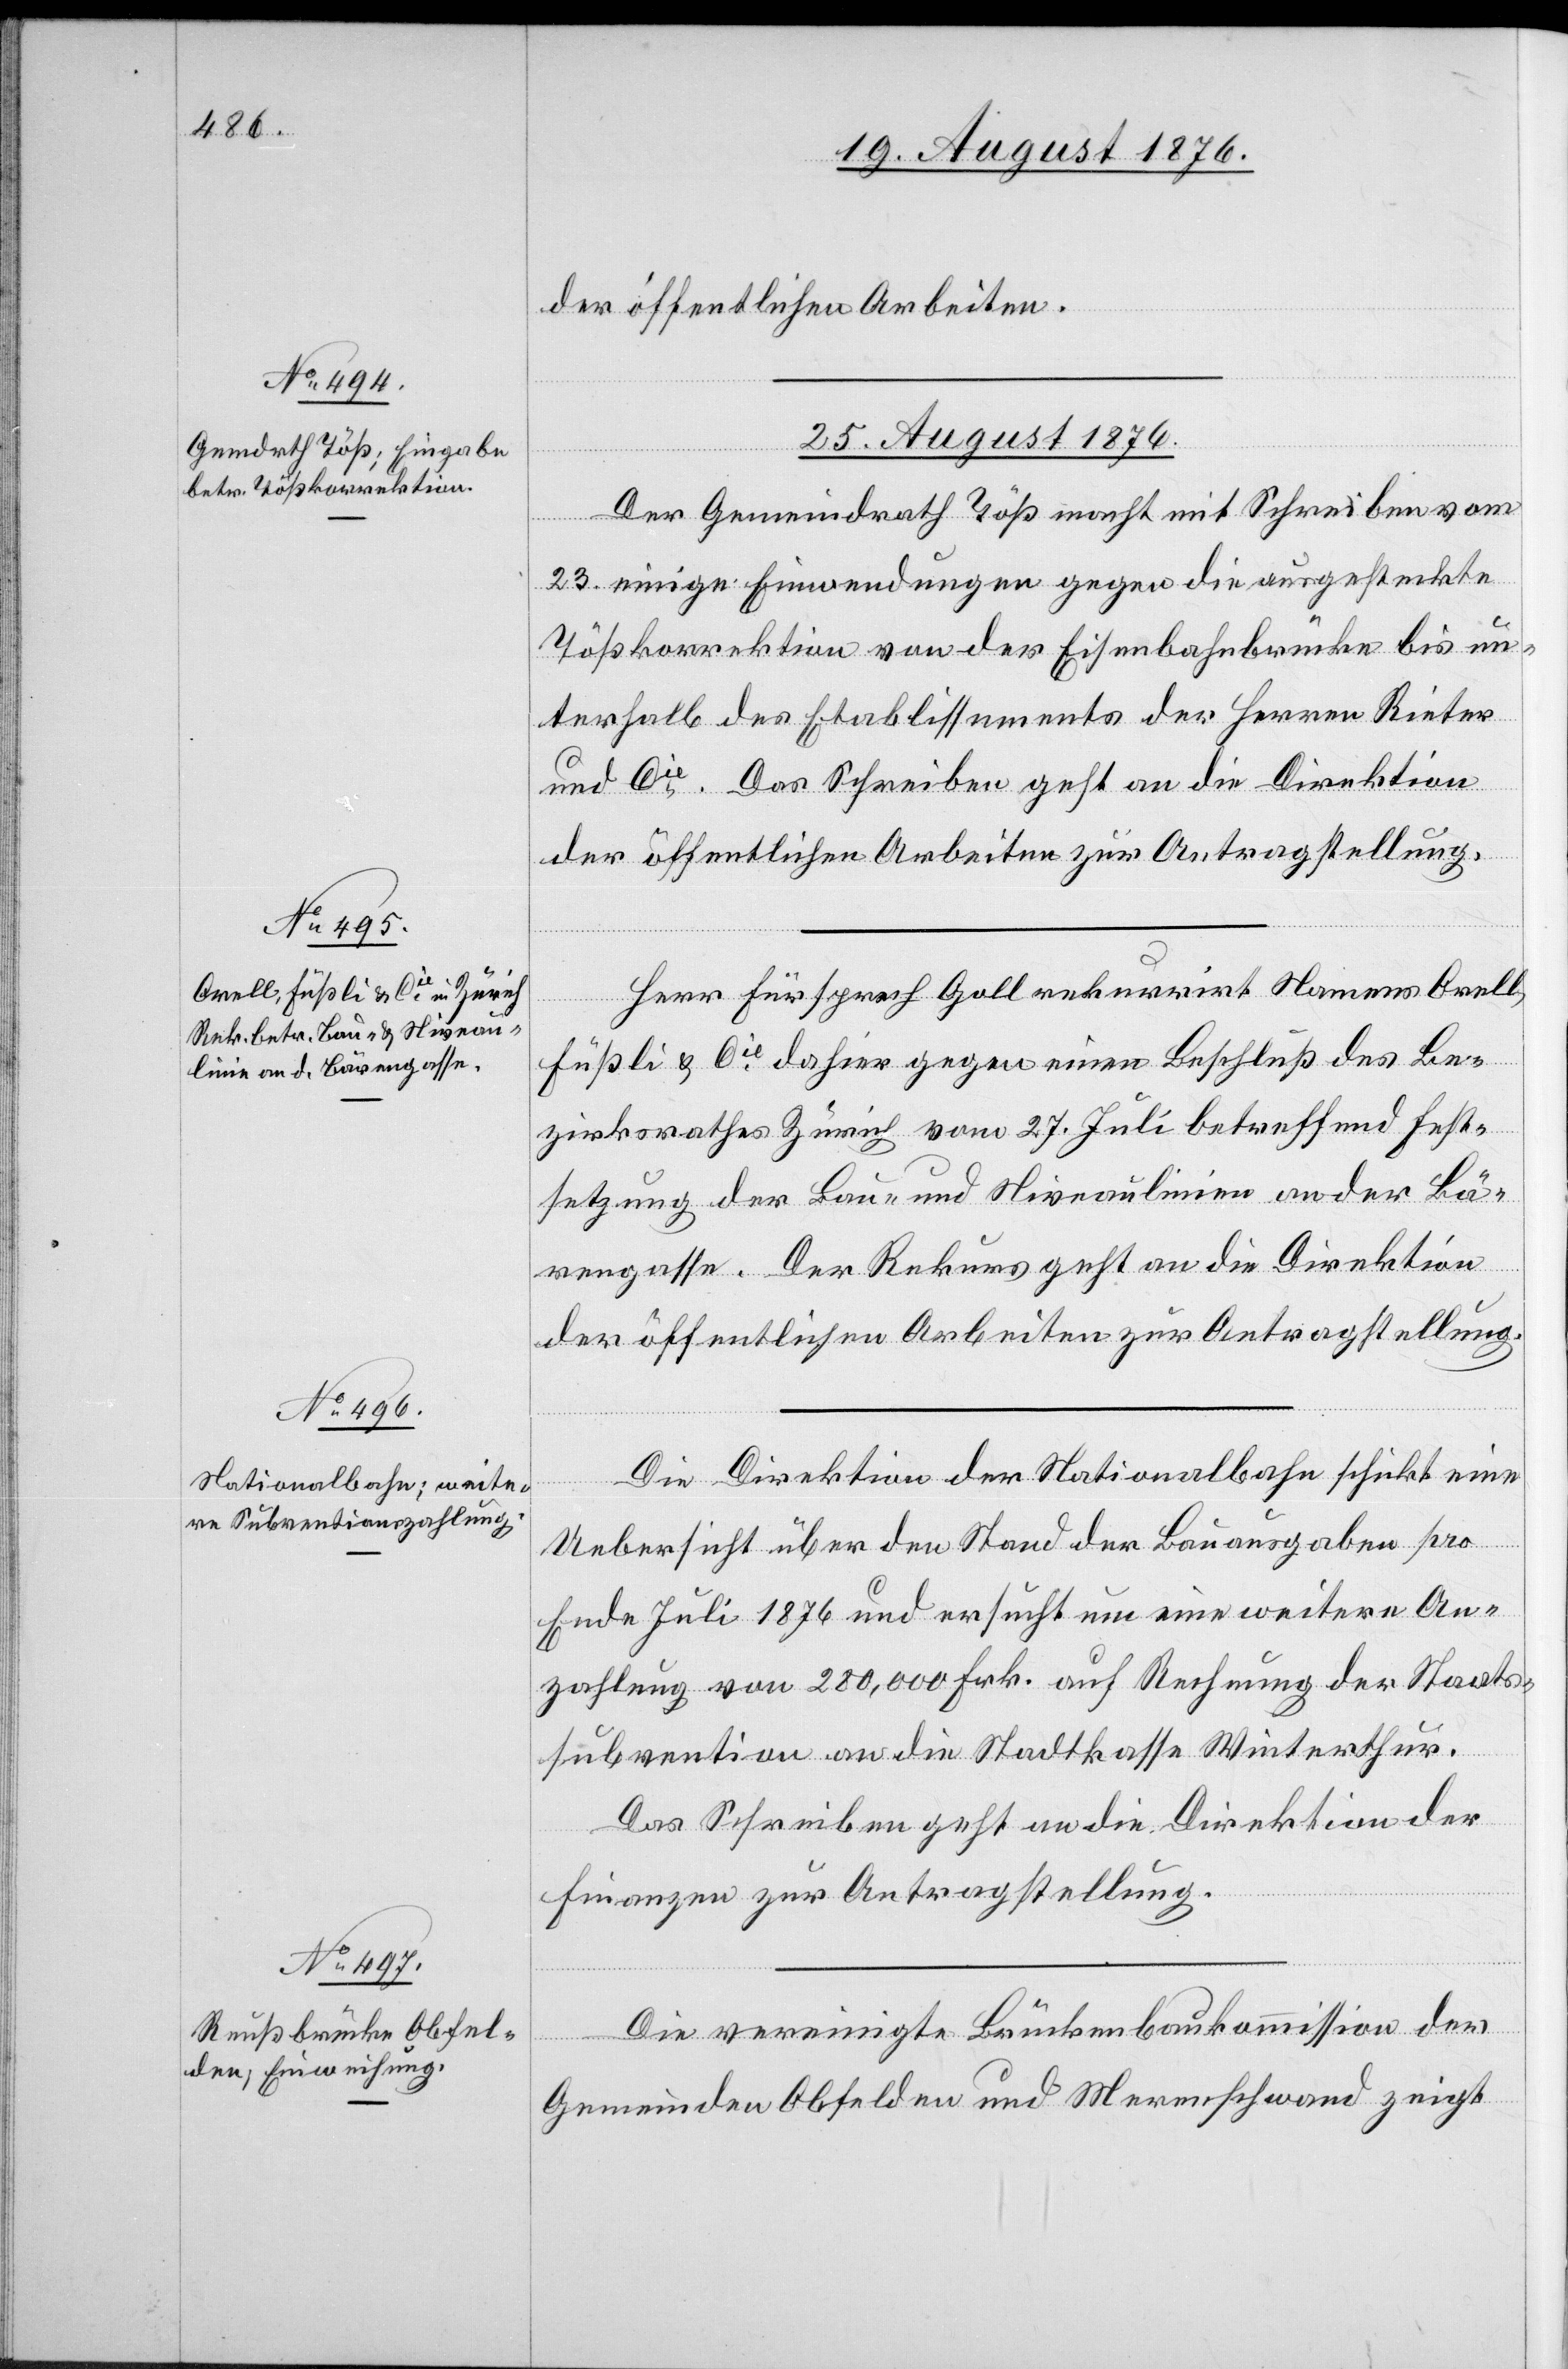
der öffentlichen Arbeiten.
25. August 1876.]
Der Gemeindrath Töß macht mit Schrieben vom
23. einige Einwendungen gegen die ausgesteckte
Tößkorrektion von der Eisenbahnbrücke bis un¬
terhalb der Etablissements der Herren Rieter
und Cie. Das Schreiben geht an die Direktion
der öffentlichen Arbeiten zur Antragstellung.
Herr Fürsprech Goll rekurrirt Namens Orell,
Füßli & Cie dahier gegen einen Beschluß des Be¬
zirksrathes Zürich vom 27. Juli betreffend Fest¬
setzung der Bau- und Niveaulinien an der Bä¬
rengasse. Der Rekurs geht an die Direktion
der öffentlichen Arbeiten zur Antragstellung.
Die Direktion der Nationalbahn schickt eine
Uebersicht über den Stand der Bauausgaben pro
Ende Juli 1876 und ersucht um eine weitere An¬
zahlung von 200,000 Frk. auf Rechnung der Staats¬
subvention an die Stadtkasse Winterthur.
Das Schreiben geht an die Direktion der
Finanzen zur Antragstellung.
Die vereinigte Brückenbaukommission der
Gemeinden Obfelden und Merenschwand zeigt